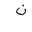
Letter: _non